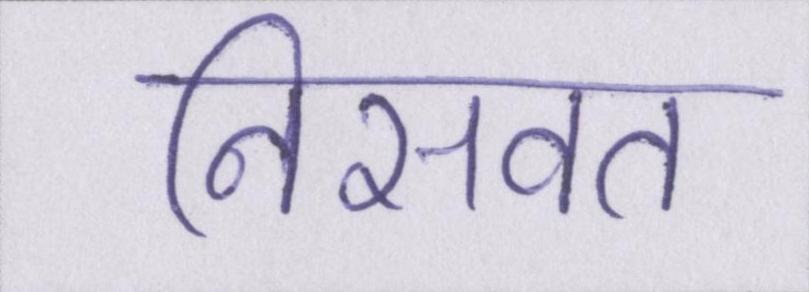
निसवत